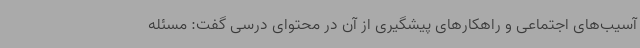
آسیب‌های اجتماعی و راهکارهای پیشگیری از آن در محتوای درسی گفت: مسئله